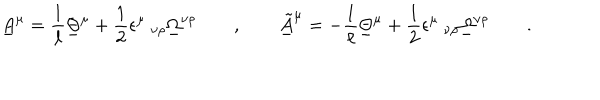
\underline { { { A } } } ^ { \mu } = \frac 1 \ell \underline { { { \Theta } } } ^ { \mu } + { \frac { 1 } { 2 } } \epsilon ^ { \mu } \ _ { \nu \rho } \underline { { { \Omega } } } ^ { \nu \rho } \qquad , \qquad \underline { { { \tilde { A } } } } ^ { \mu } = - \frac 1 \ell \underline { { { \Theta } } } ^ { \mu } + { \frac { 1 } { 2 } } \epsilon ^ { \mu } \ _ { \nu \rho } \underline { { { \Omega } } } ^ { \nu \rho } \qquad .